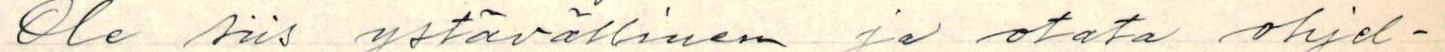
Ole siis ystävällinen ja otata ohjel-